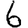
Digit: 6